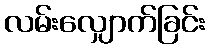
လမ်းလျှောက်ခြင်း